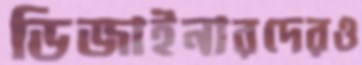
ডিজাইনারদেরও